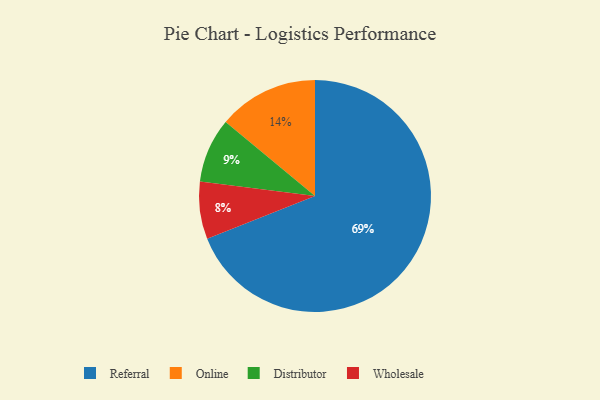
{"axis": {"x": "Category", "y": "Percentage"}, "legend": ["Distributor", "Online", "Referral", "Wholesale"], "data": [{"x": "Online", "y": 14, "type": "Online"}, {"x": "Referral", "y": 69, "type": "Referral"}, {"x": "Wholesale", "y": 8, "type": "Wholesale"}, {"x": "Distributor", "y": 9, "type": "Distributor"}]}